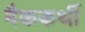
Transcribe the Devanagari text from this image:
मैककर्थी